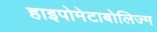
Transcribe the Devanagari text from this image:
हाइपोमेटाबोलिज्म